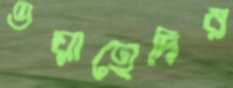
ওয়াহেদির